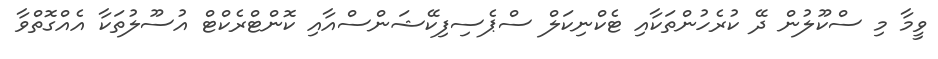
ވީމާ މި ސްކޫލުން ދޭ ކުރެހުންތަކާއި ޓެކްނިކަލް ސްޕެސިފިކޭޝަންސްއާއި ކޮންޓްރެކްޓް އުސޫލުތަކާ އެއްގޮތްވާ